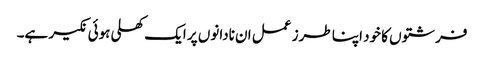
فرشتوں کا خود اپنا طرز عمل ان نادانوں پر ایک کھلی ہوئی نکیر ہے۔